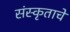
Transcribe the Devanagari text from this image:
संस्कृताचे